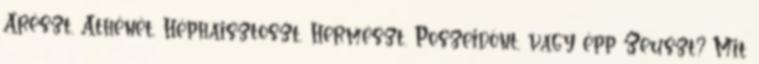
Arészt, Athénét, Héphaisztoszt, Hermészt, Poszeidónt, vagy épp Zeuszt? Mit